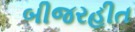
બીજરહીત